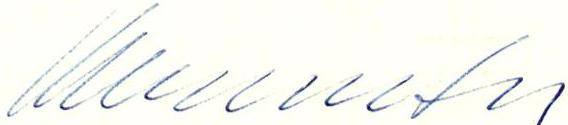
Wallenreiter